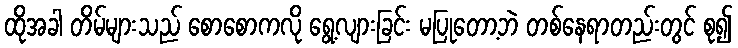
ထိုအခါ တိမ်များသည် စောစောကလို ရွေ့လျားခြင်း မပြုတော့ဘဲ တစ်နေရာတည်းတွင် စု၍